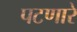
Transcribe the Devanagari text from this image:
पटणारे